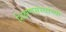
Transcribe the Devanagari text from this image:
शिक्षणसंस्थांच्या